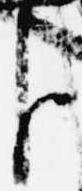
臣